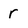
Character: r